Civil Veterinary Department. Central Provinces & Berar 1925-31 - 1925-1931
Year: 1925
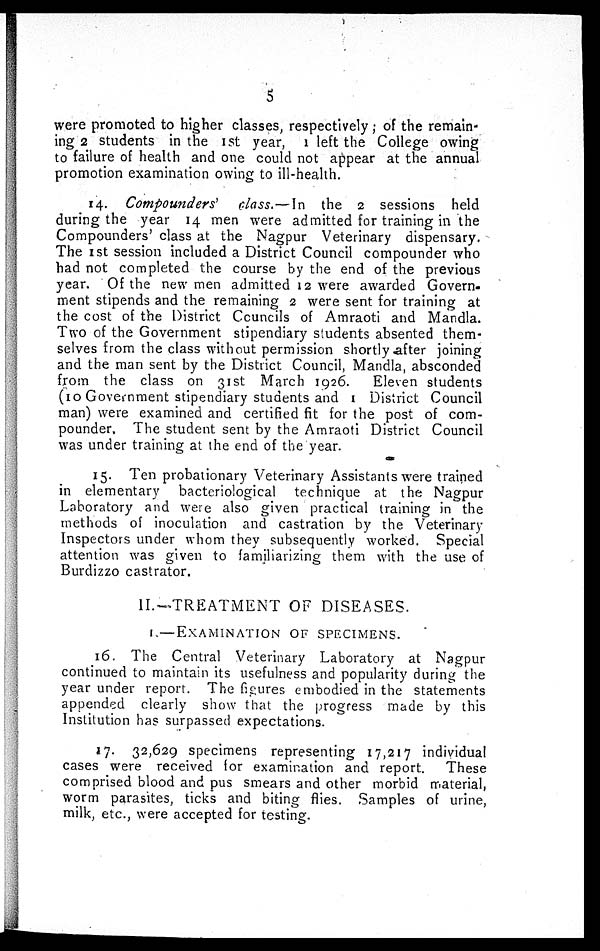
5
were promoted to higher classes, respectively; of the remain-
ing 2 students in the 1st year, 1 left the College owing
to failure of health and one could not appear at the annual
promotion examination owing to ill-health.
14. Compounders'
class.—In the 2 sessions held
during the year 14 men were admitted for training in the
Compounders' class at the Nagpur Veterinary dispensary.
The 1st session included a District Council compounder who
had not completed the course by the end of the previous
year. Of the new men admitted 12 were awarded Govern-
ment stipends and the remaining 2 were sent for training at
the cost of the District Councils of Amraoti and Mandla.
Two of the Government stipendiary students absented them-
selves from the class without permission shortly after joining
and the man sent by the District Council, Mandla, absconded
from the class on 31st March 1926.
Eleven students
(10 Government stipendiary students and 1 District Council
man) were examined and certified fit for the post of com-
pounder. The student sent by the Amraoti District Council
was under training at the end of the year.
15. Ten probationary Veterinary Assistants were trained
in elementary bacteriological technique at the Nagpur
Laboratory and were also given practical training in the
methods of inoculation and castration by the Veterinary
Inspectors under whom they subsequently worked. Special
attention was given to familiarizing them with the use of
Burdizzo castrator.
II.—TREATMENT OF DISEASES.
1—EXAMINATION
OF
SPECIMENS.
16. The Central Veterinary Laboratory at Nagpur
continued to maintain its usefulness and popularity during the
year under report. The figures embodied in the statements
appended clearly show that the progress made by this
Institution has surpassed expectations.
17. 32,629 specimens representing 17,217 individual
cases were received for examination and report.
These
comprised blood and pus smears and other morbid material,
worm parasites, ticks and biting flies. Samples of urine,
milk, etc., were accepted for testing.